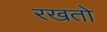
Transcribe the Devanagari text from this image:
रखतो